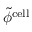
\tilde { \phi } ^ { \mathrm { c e l l } }